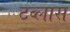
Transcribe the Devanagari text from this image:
टब्लास